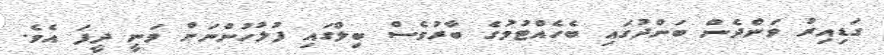
ގަޑިއިރު ވަންދެން ބަންދުގައި ބެހެއްޓުމުގެ ބާރުވެސް ބިލްގައި ފުލުހުންނަށް ވަނީ ދީފަ އެވެ.